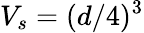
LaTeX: V_{s}=(d/4)^{3}